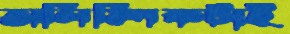
অলিম্পিকটাই